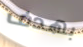
بهدف